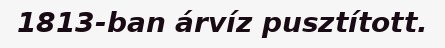
1813-ban árvíz pusztított.